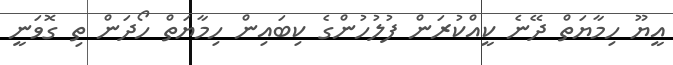
އީޔޫ ހިމާޔަތް ދޭނެ ކީއްކުރަން ފުލުހުންގެ ކިބައިން ހިމާޔަތް ހޯދަން ތި ގޮވަނީ